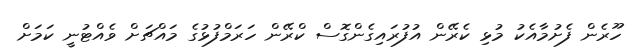
ހޫރެން ފެށުމާއެކު މުޅި ކެރޭން އުފުރައިގެންގޮސް ކްރޭން ހަރަމްފުޅުގެ މައްޗަށް ވެއްޓުނީ ކަމަށް